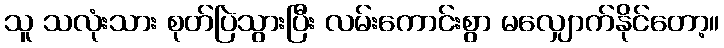
သူ သလုံးသား စုတ်ပြဲသွားပြီး လမ်းကောင်းစွာ မလျှောက်နိုင်တော့။